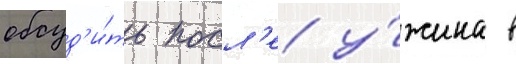
обсуд'и́ть посл'е у́жина в